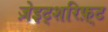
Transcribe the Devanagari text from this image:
ज़ेइट्शरिफ़्ट